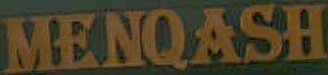
MENQASH